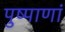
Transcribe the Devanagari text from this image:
पुष्पाणां